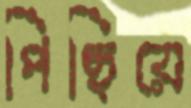
পিছিয়ে